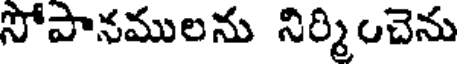
సోపానములను నిర్మించెను